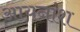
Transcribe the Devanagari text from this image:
आयनांश